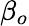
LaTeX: \beta_{o}